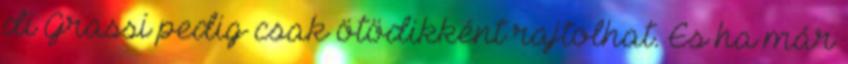
di Grassi pedig csak ötödikként rajtolhat. És ha már